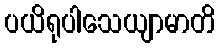
ပယိရုပါသေယျာမာတိ